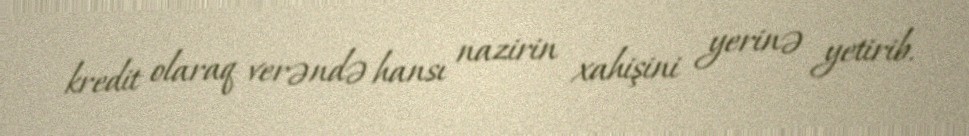
kredit olaraq verəndə hansı nazirin xahişini yerinə yetirib.